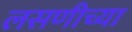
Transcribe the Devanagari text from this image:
लसणीच्या